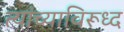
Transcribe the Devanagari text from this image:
त्यांच्याविरूध्द